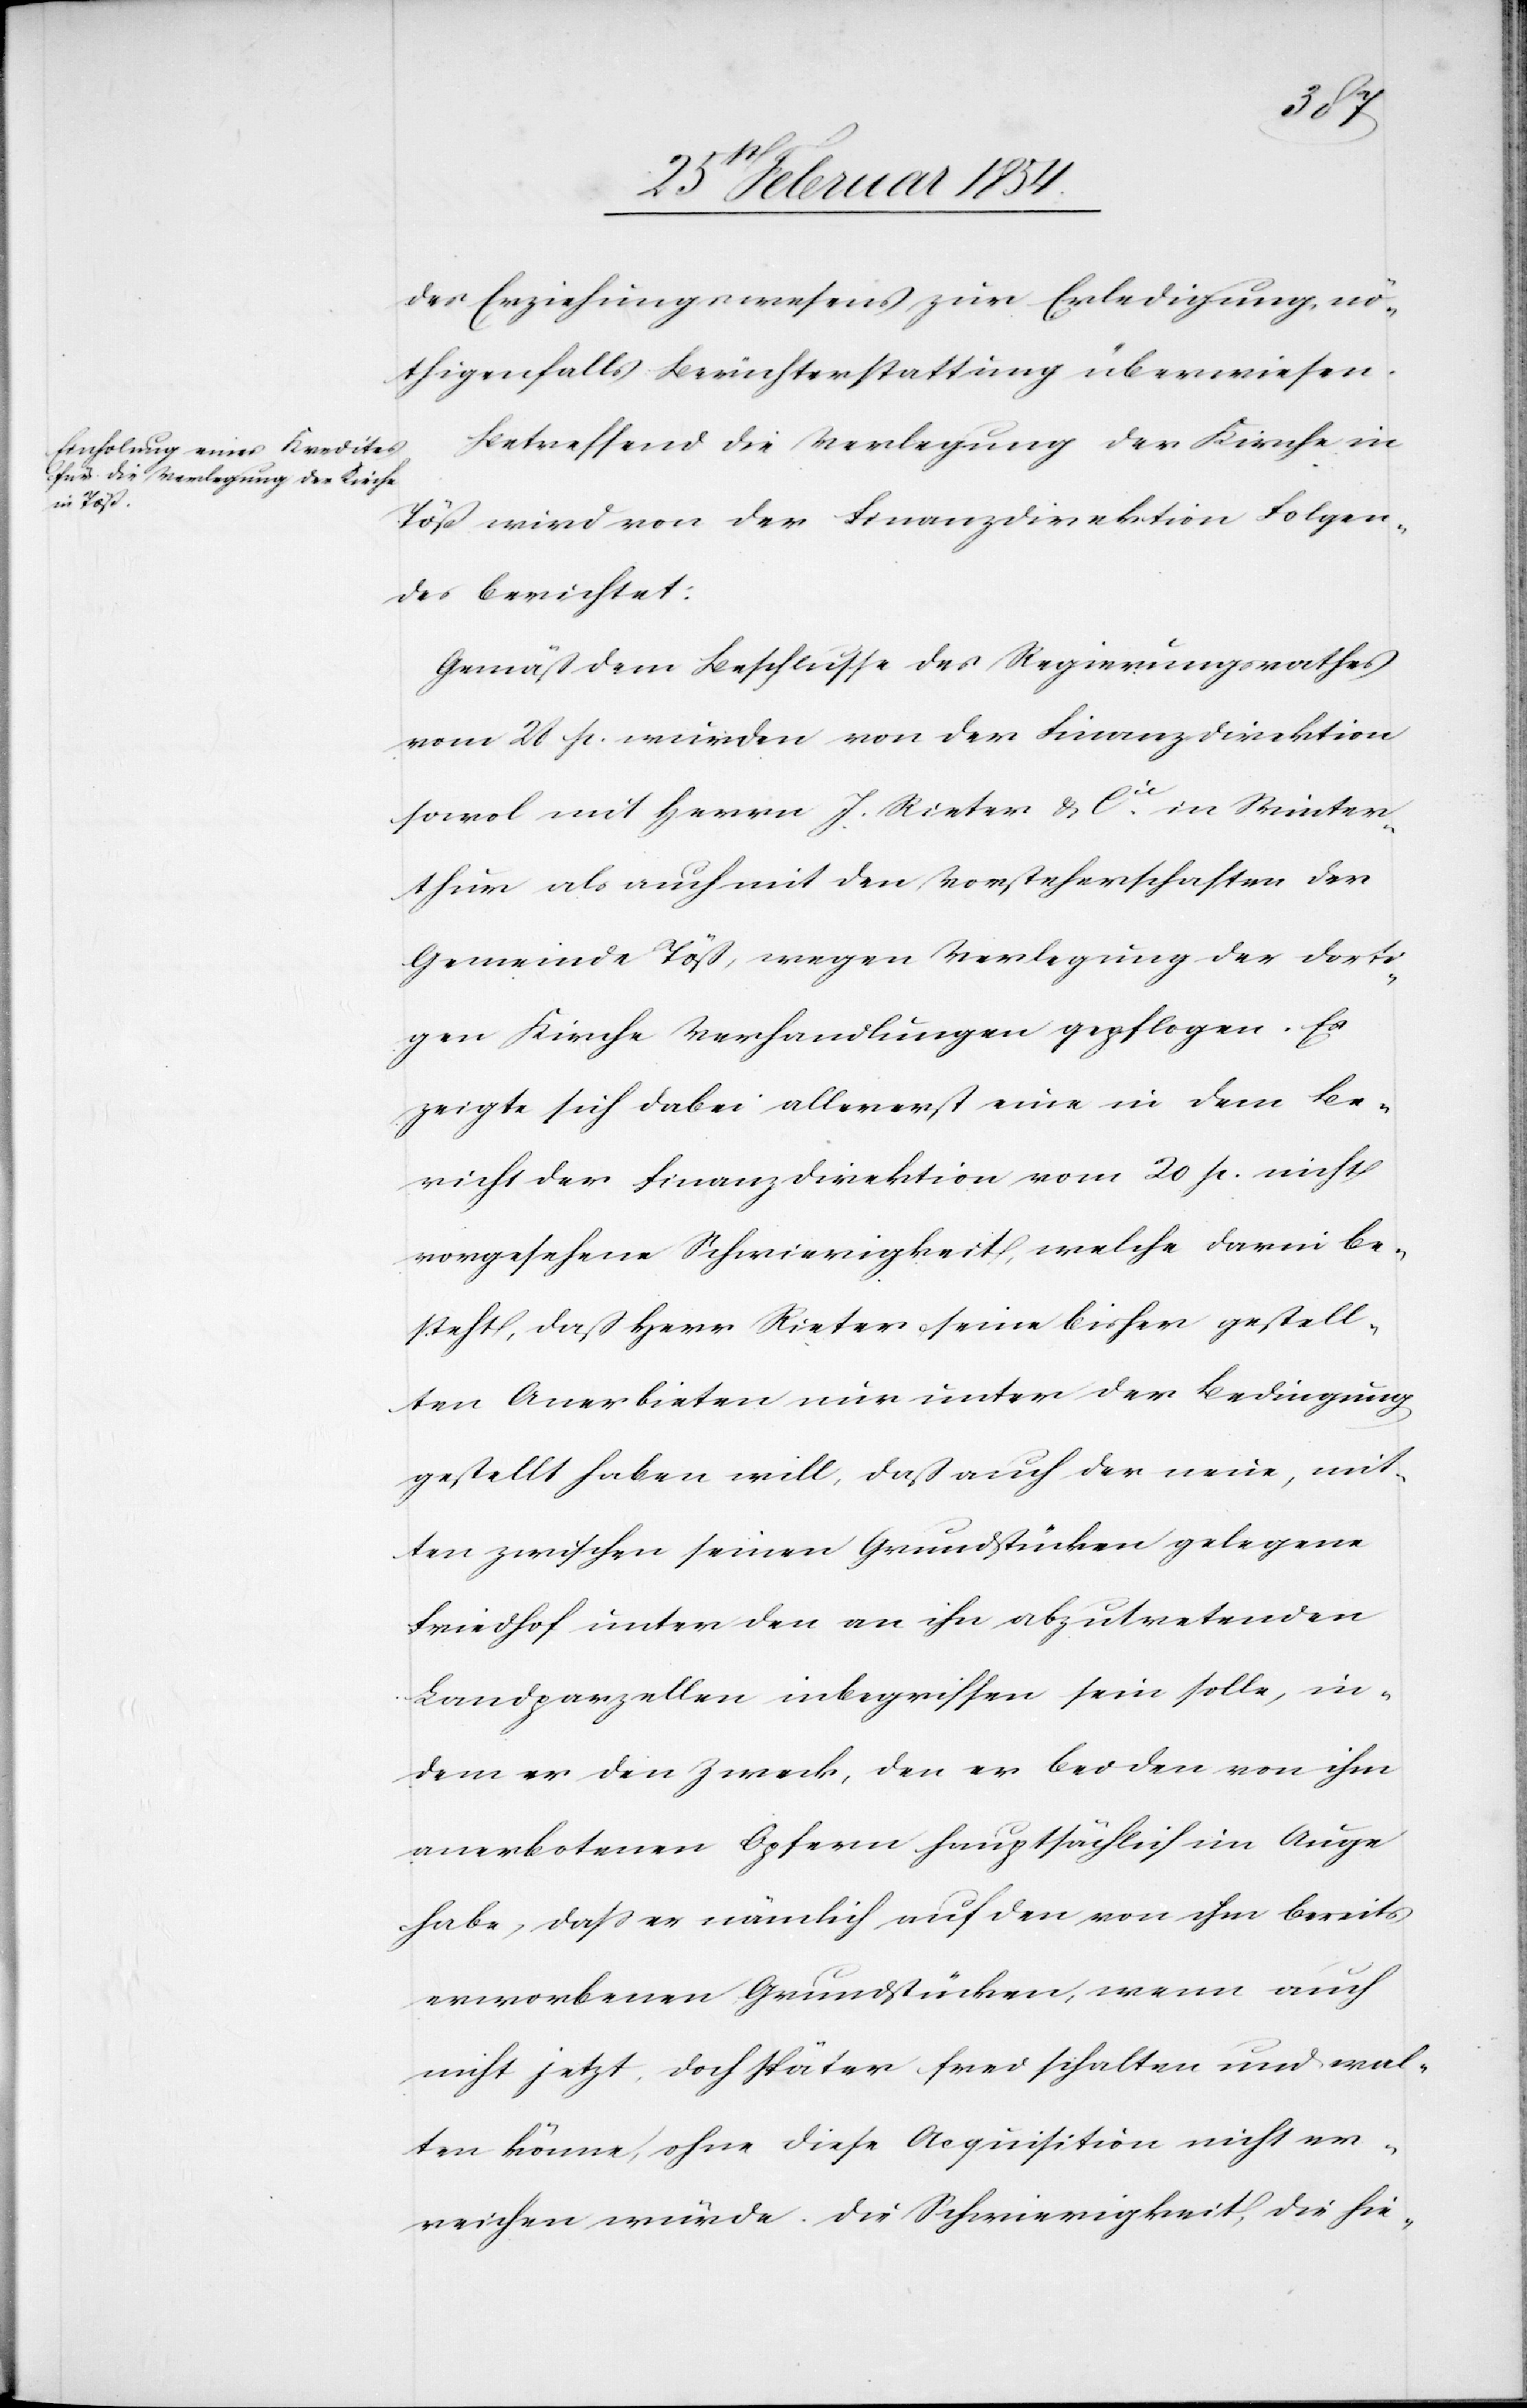
des Erziehungswesens zur Erledigung, nö¬
thigenfalls Berichterstattung überwiesen.
Betreffend die Verlegung der Kirche in
Töß wird von der Finanzdirektion Folgen¬
des berichtet:
Gemäß dem Beschlusse des Regierungsrathes
vom 28 p. wurden von der Finanzdirektion
sowol mit Herrn J. Rieter & Cu in Winter¬
thur als auch mit den Vorsteherschaften der
Gemeinde Töß, wegen Verlegung der dorti¬
gen Kirche Verhandlungen gepflogen. Es
zeigt sich dabei allererst eine in dem Be¬
richt der Finanzdirektion vom 20 p. nicht
vorgesehene Schwierigkeit, welche darin be¬
steht, daß Herr Rieter seine bisher gestell¬
ten Anerbieten nur unter der Bedingung
gestellt haben will, daß auch der neue, mit¬
ten zwischen seinen Grundstücken gelegene
Friedhof unter den an ihn abzutretenden
Landparzellen inbegriffen sein solle, in¬
dem er den Zweck, den er bei den von ihm
anerbotenen Opfern hauptsächlich im Auge
habe, daß er nämlich auf den von ihm bereits
erworbenen Grundstücken, wenn auch
nicht jetzt, doch später frei schalten und wal¬
ten könne, ohne diese Acquisition nicht er¬
reichen würde. Die Schwierigkeit, die hie-